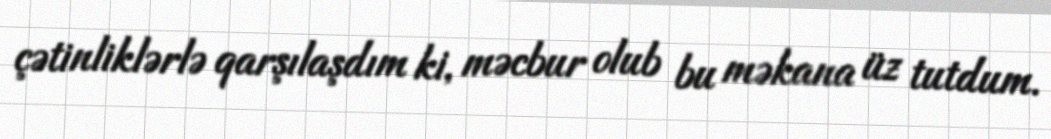
çətinliklərlə qarşılaşdım ki, məcbur olub bu məkana üz tutdum.